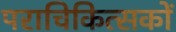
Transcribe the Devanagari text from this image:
पराचिकित्सकों